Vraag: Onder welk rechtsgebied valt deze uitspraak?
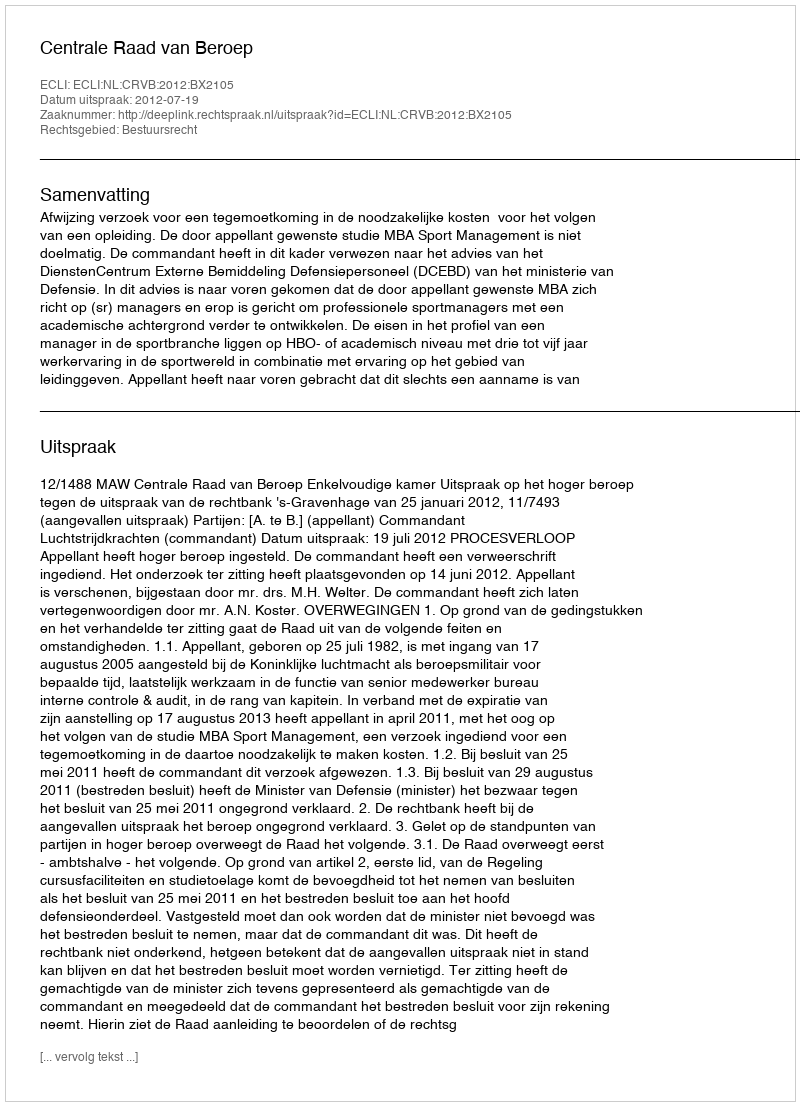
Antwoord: Bestuursrecht